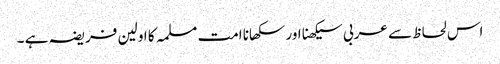
اس لحاظ سے عربی سیکھنا اور سکھانا امت مسلمہ کا اولین فریضہ ہے ۔